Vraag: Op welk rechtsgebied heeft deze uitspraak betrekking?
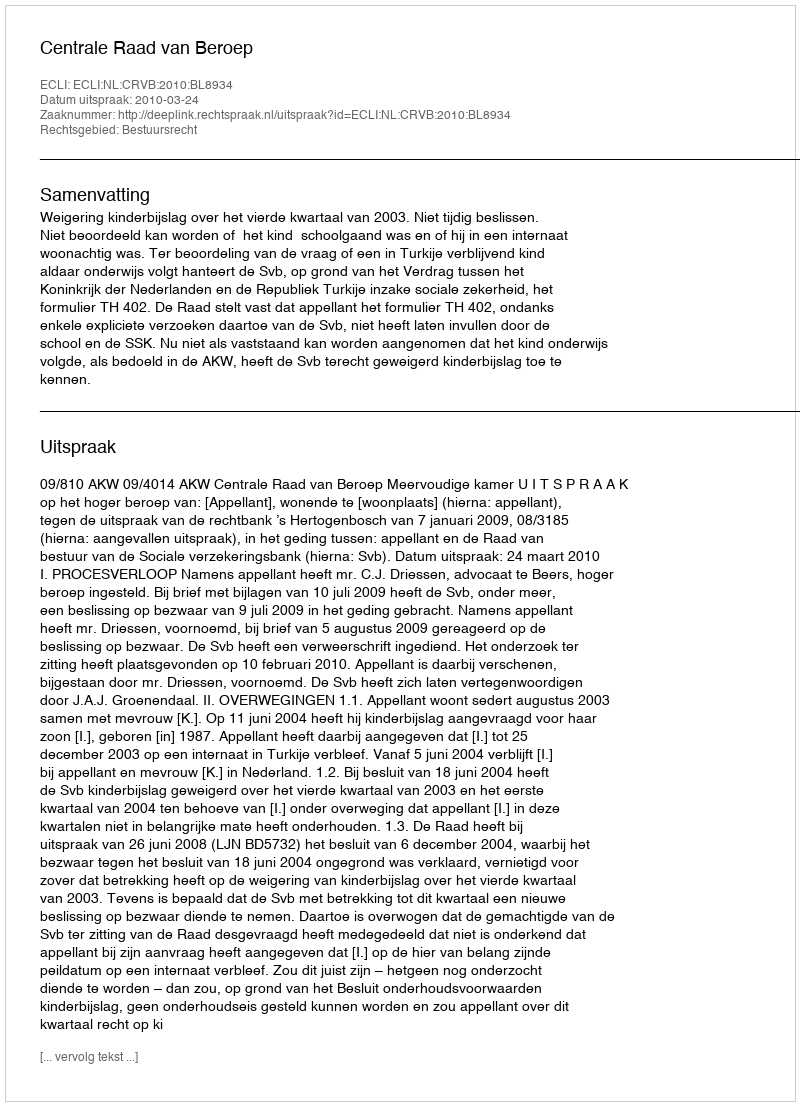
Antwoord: Bestuursrecht